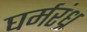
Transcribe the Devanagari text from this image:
घर्मरंध्र